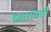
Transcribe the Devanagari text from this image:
प्रस्तावती